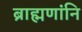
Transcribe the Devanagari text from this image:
ब्राह्मणांनि